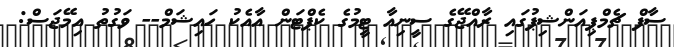
ސާފް ޗެމްޕިއަންޝިޕުގައި ރާއްޖޭގެ ސީނިއާ ޓީމުގެ ކެޕްޓަން އާއެކު ހައިޝަމް-- ވަގުތު އިމޭޖަސް: